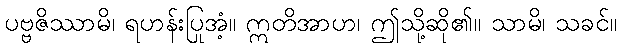
ပဗ္ဗဇိဿာမိ၊ ရဟန်းပြုအံ့။ ဣတိအာဟ၊ ဤသို့ဆို၏။ သာမိ၊ သခင်။